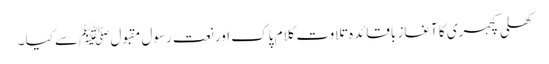
کھلی کچہری کا آغاز باقائدہ تلاوت کلام پاک اور نعت رسول مقبول ﷺسے کیا ۔